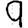
Digit: 9